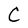
Character: C